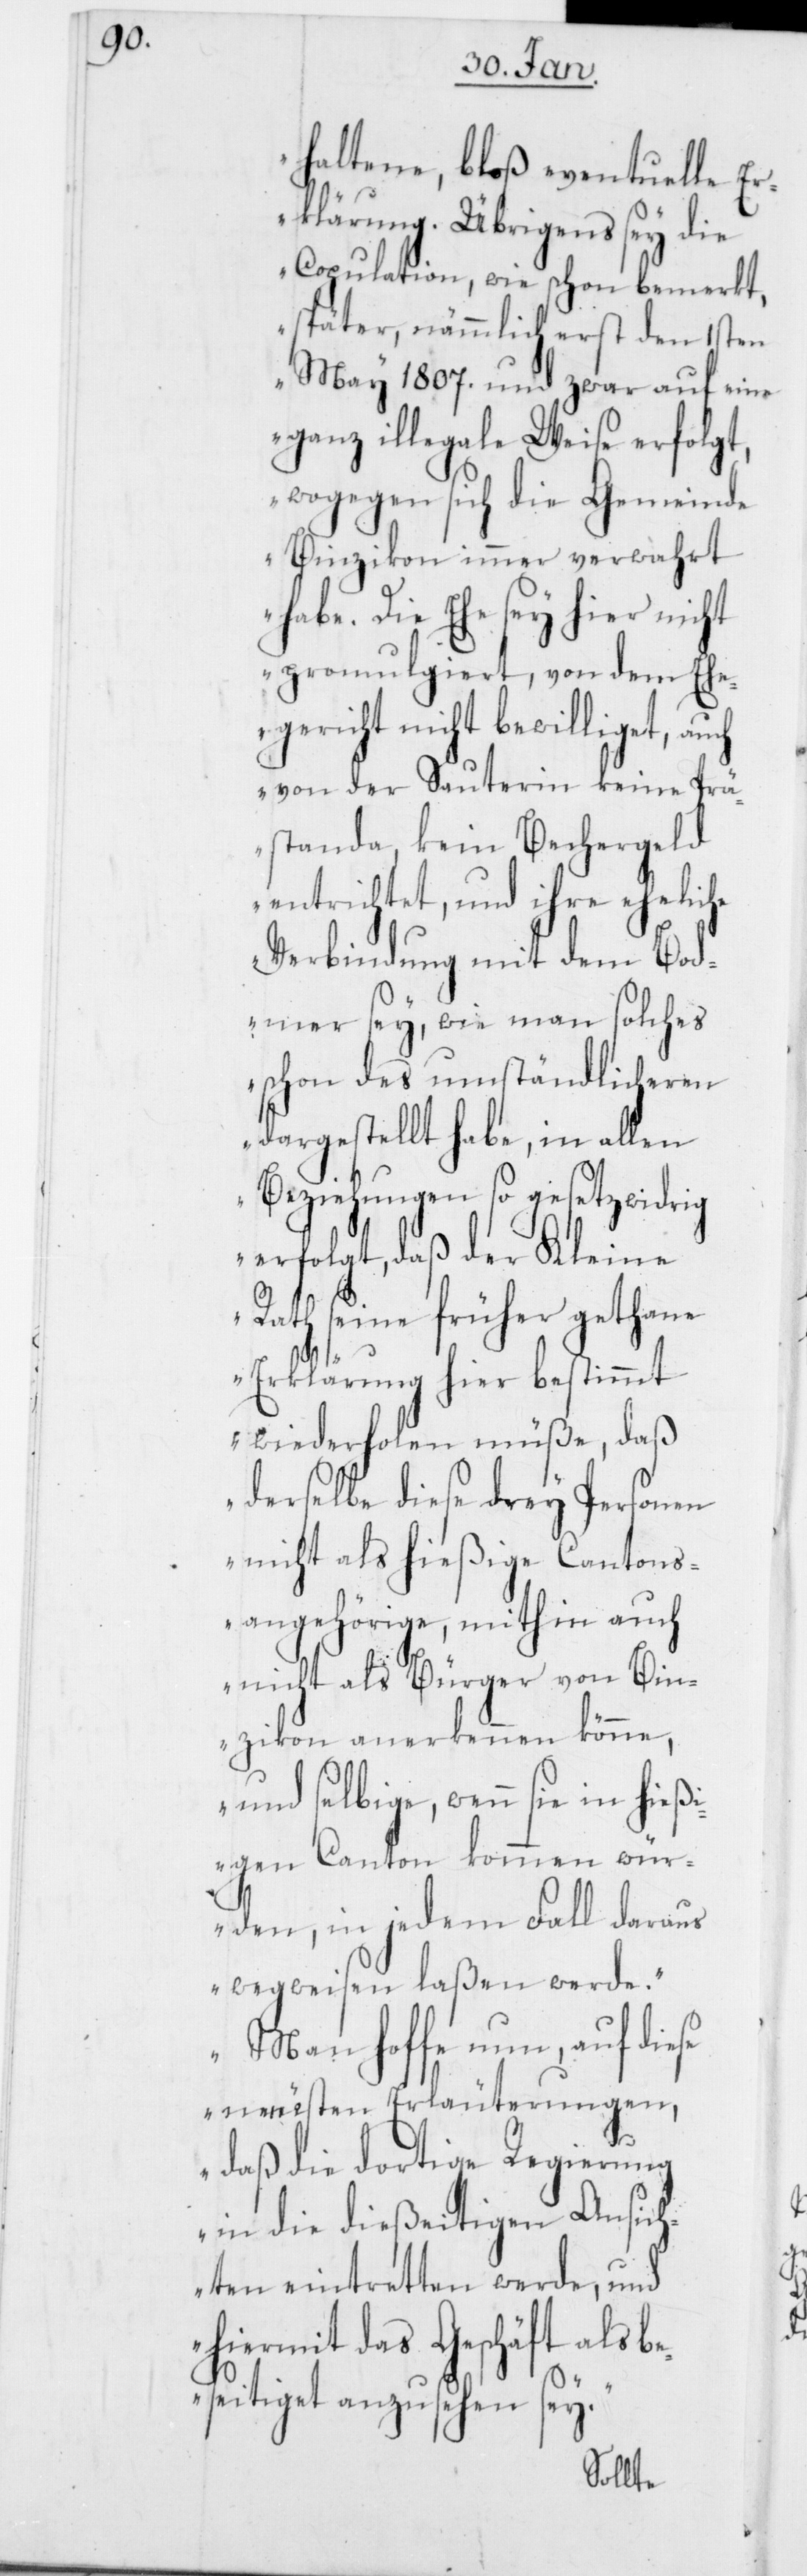
rig

haltene, bloß eventuelle Er¬
klärung. Übrigens sey die
Copulation, wie schon bemerkt,
später, nämmlich erst den 1sten
May 1807. und zwar auf eine
ganz illegale Weise erfolg¬
t,wogegen sich die Gemeinde
Binzikon immer verwahrt
habe. Die Ehe sey hier nicht
promulgiert, von dem Ehe¬
gericht nicht bewilliget,
von der Sauterin keine Prä¬
standa, kein Bechergeld
entrichtet, und ihre eheliche
Verbindung mit dem Bod¬
mer sey, wie man solches
schon des umständlicheren
dargestellt habe, in allen
Beziehungen so gesetzwid¬
erfolgt, daß der Kleine
Rath seine früher gethane
Erklärung hier bestimmt
wiederholen müße, daß
derselbe diese drey Personen
nicht als hießige Cantons¬
angehörige, mithin auch
nicht als Bürger von Bin¬
zikon anerkennen könne,
und selbige, wenn sie in hie¬
ßigem Canton kommen wür¬
den, in jedem Fall daraus
wegweisen laßen werde.
Man hoffe nun, auf diese
neuesten Erläuterungen,
daß die dortige Regierung
in die dießeitigen Ansich¬
en eintretten werde, und
hiermit das Geschäft als be¬
seitiget anzusehen sey.